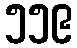
၅၅၉